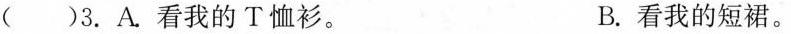
()3.A.看我的T恤衫。 B.看我的短裙。